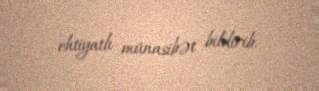
ehtiyatlı münasibət bildirib.